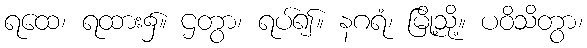
ရထေ၊ ရထား၌။ ဌတွာ၊ ရပ်၍။ နဂရံ၊ မြို့သို့။ ပဝိသိတွာ၊